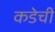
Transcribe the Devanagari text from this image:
कडेची